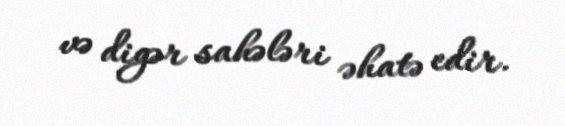
və digər sahələri əhatə edir.